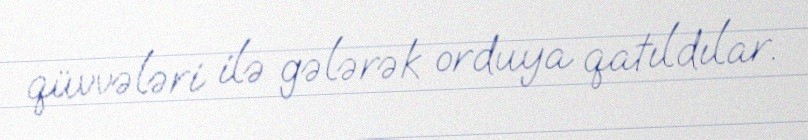
qüvvələri ilə gələrək orduya qatıldılar.